Annual report on the working of the mental hospitals in the Madras Presidency - 1912-1932
Year: 1912
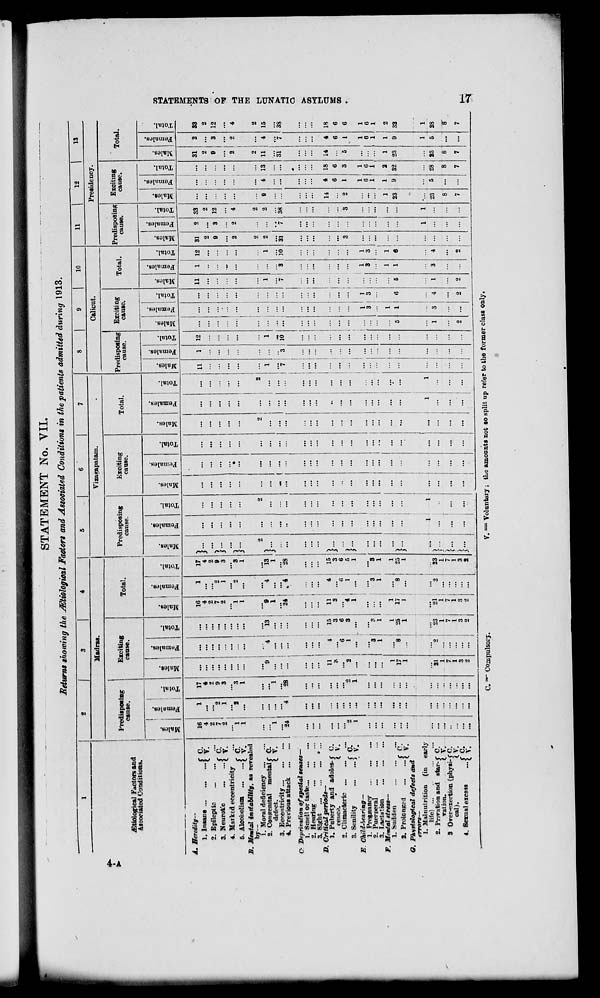
STATEMENT No. VII.
Returns showing the JEtiological Factors and Associated Conditions in the patients admitted during 1913.
I
Madras.
4^
t
AStiological Factors and
Associated Conditions.
Predisposing
cause.
o
Exciting
canse.
si
s -
ft
o
E-
Total.
3
a
c
er 1
Vizasrapatam.
Predisposing
cause.
c3
a
r® —
O
Exciting
cause.
eS
s
5
ft
o
EH
Total.
"3
a
'-
a
H
10
Calicut.
Predisposing
cause.
05
0>
ej
iS
a d
V
O
>; ft H
Exciting
cause.
•-9
1C
■3
cs
a
ft
c
Total.
o
"d
5
a
ft
11
12
13
Presidency.
Predisposing
cause.
Exciting
cause.
i
3 a
ft
o
0>
"3
Total.
"3
a
ft
...{
A. Heredity—
1. Insane ..
2. Epileptic
3. Neurotic
i
4. Marked eccentricity
5. Alcoholism
f
C.
V.
C.'
V.
C.'
. V.
B. Mental instability, as revealed
by--
1. Moral deficiency
2. Congenital mental f C.
defect.
\ V.
3. Eccentricity
4. Previous attack
O Deprivation of special senses—
1. Smell or taste
2. Hewing
3. Sifcht
• ...
D. Critiad periods—
1. Puberty and adoles-f" C.
cence.
*
IV.
2. Climacteric
3. Senility
\
E. Child-bearing—
1. Pregnancy
2. Puerperal
3. Lactation
F. Mental stress—
1. Sudden
2. ProlonRed
f
<?. Physiological defects and
errors—
1. Malnutrition (in earlv
life) ...
...
.:.
2. Privation and star-f C.
vaiioiu
l V.
3 Orer-«xertion (phvsi-f C.
cal).
IV.
4. Sexual exc8»s
•••{ y*
C.
V.
c.
V.
16
4
2
7
2
1
1
1
24
17
4
2
9
3
"a
I
I
"28
9 :
16
4
...
...
2
7
...
...
2
...
...
1
...
1
...
...
4
13
8
'
...
1
: ...
...
...
"24
11
St
4
6
1 :
'
*3
...
1 1
1
,
17
8
1
...
21
2
1
7
1
3
0
"1 ... |
C ~ Compulsory.
15
3 i
3 I
I
25
1
11
3
"4
1
1
17
1
23
21
1
1
7
7
1
1
3
3
2
2
4
17
4
2
9
3
"3
1
13
1
"28
15
3
6
5
1
3
1
1
25
1
23
1
7
1
3
2
5"
}...
}...
}•••
}■ ■
- (
2 i
11
1
"7
i
I
i !
12
1
io
11
12
1
io
1
3
>
6 i
33
2
12
2
2
38
14
23
9
4 IS
18
6
3
1
6
i
2
32
31
2
e
1
23
23
8
7
V. = Voluntary ; tLe amounts not 80 split up refer to the former class only.
2
3
2
4
"i
4
6
1
1
6
1
1
9
o
33
2
12
2
15
3S
18
6
6
1
6
1
1
28
r
7
e
§
GO
o
t-3
K
H
t<
OQ
H
a
ss
m